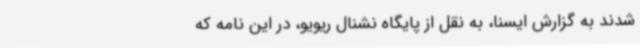
شدند به گزارش ایسنا، به نقل از پایگاه نشنال ریویو، در این نامه که